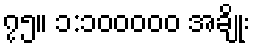
၇၅။ ၁:၁၀၀၀၀၀ အချိုး